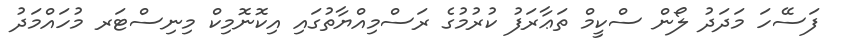
ފަސޭހަ މަދަދު ލޯން ސްކީމް ތަޢާރަފު ކުރުމުގެ ރަސްމިއްޔާތުގައި އިކޮނޮމިކް މިނިސްޓަރ މުހައްމަދު